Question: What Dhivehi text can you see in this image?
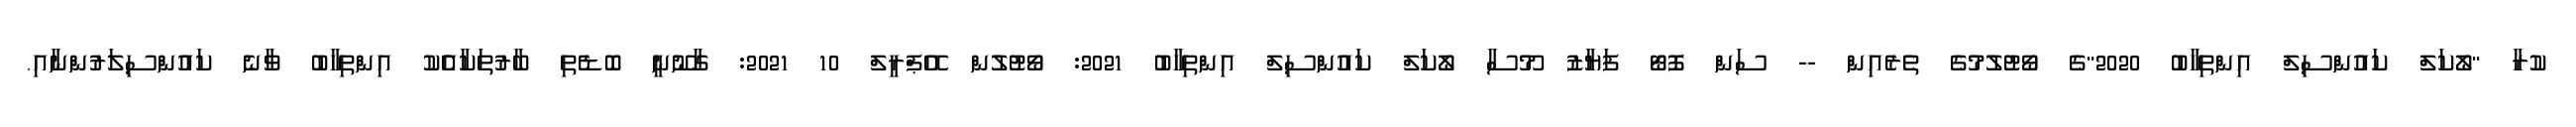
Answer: ކުރާ "ލޯކަލް ކައުންސިލް އިންތިހާބު 2020"ގެ ވޯޓުލުމުގެ ތެރެއިން -- ސަން ފޮޓޯ ފަޔާޒު މޫސާ ލޯކަލް ކައުންސިލް އިންތިހާބު 2021: ވޯޓުލުން އޭޕްރީލް 10 2021: ގާނޫނީ ބޮޑެތި ބާރުތަކާއެެކު އިންތިހާބު ވާނެ ކައުންސިލަރުންނާއި.